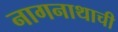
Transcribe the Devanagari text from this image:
नागनाथाची